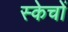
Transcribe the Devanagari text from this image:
स्केचों